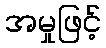
အမှုဖြင့်